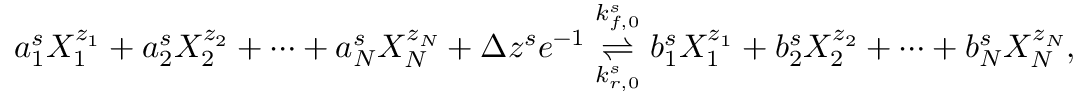
a _ { 1 } ^ { s } X _ { 1 } ^ { z _ { 1 } } + a _ { 2 } ^ { s } X _ { 2 } ^ { z _ { 2 } } + \cdots + a _ { N } ^ { s } X _ { N } ^ { z _ { N } } + \Delta z ^ { s } e ^ { - 1 } \overset { k _ { f , 0 } ^ { s } } { \underset { k _ { r , 0 } ^ { s } } { \rightleftharpoons } } b _ { 1 } ^ { s } X _ { 1 } ^ { z _ { 1 } } + b _ { 2 } ^ { s } X _ { 2 } ^ { z _ { 2 } } + \cdots + b _ { N } ^ { s } X _ { N } ^ { z _ { N } } ,